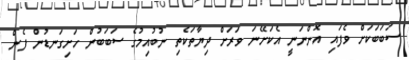
ސަބަބަކަށް ވެފައި އޮންނަނީ އެކަށޭނަ ވަރަށް ދިޔާތަކެތި ނުބުއިމުގެ ސަބަބުން ހަށިގަނޑުން ފެން